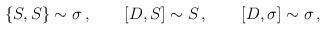
LaTeX: \begin{align*}\{S,S\}\sim \sigma\,, \qquad [D,S]\sim S\,, \qquad [D,\sigma] \sim \sigma\,,\end{align*}